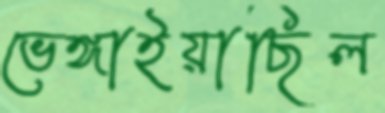
ভেঙ্গাইয়াছিল